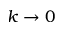
k \rightarrow 0